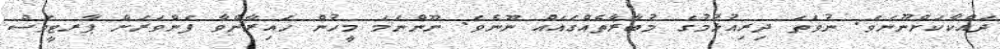
ދައްކާކަށްނޫނެވެ. ނުވަތަ ދިރިއުޅުމުގެ މުބާރާތެއްގައެއް ނޫނެވެ. ނޫންނަމަ މީހުން ހައިރާންވާ ފެންވަރަށް ޕާރޓީވެސް